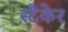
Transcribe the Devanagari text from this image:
स्टैकेर